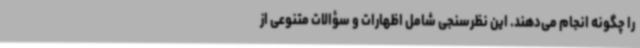
را چگونه انجام می‌دهند. این نظرسنجی شامل اظهارات و سؤالات متنوعی از